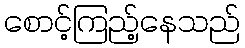
စောင့်ကြည့်နေသည်